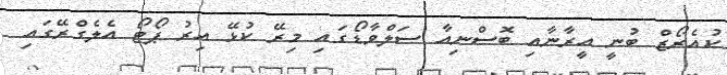
ކުއެރޯޒް ބުނީ އީރާނާއި ބޮސްނިއާ ސަލްވާޑޯގައި މިރޭ ކުޅޭ އިރު ޕޯޓޯ އެލެގްރޭގައި